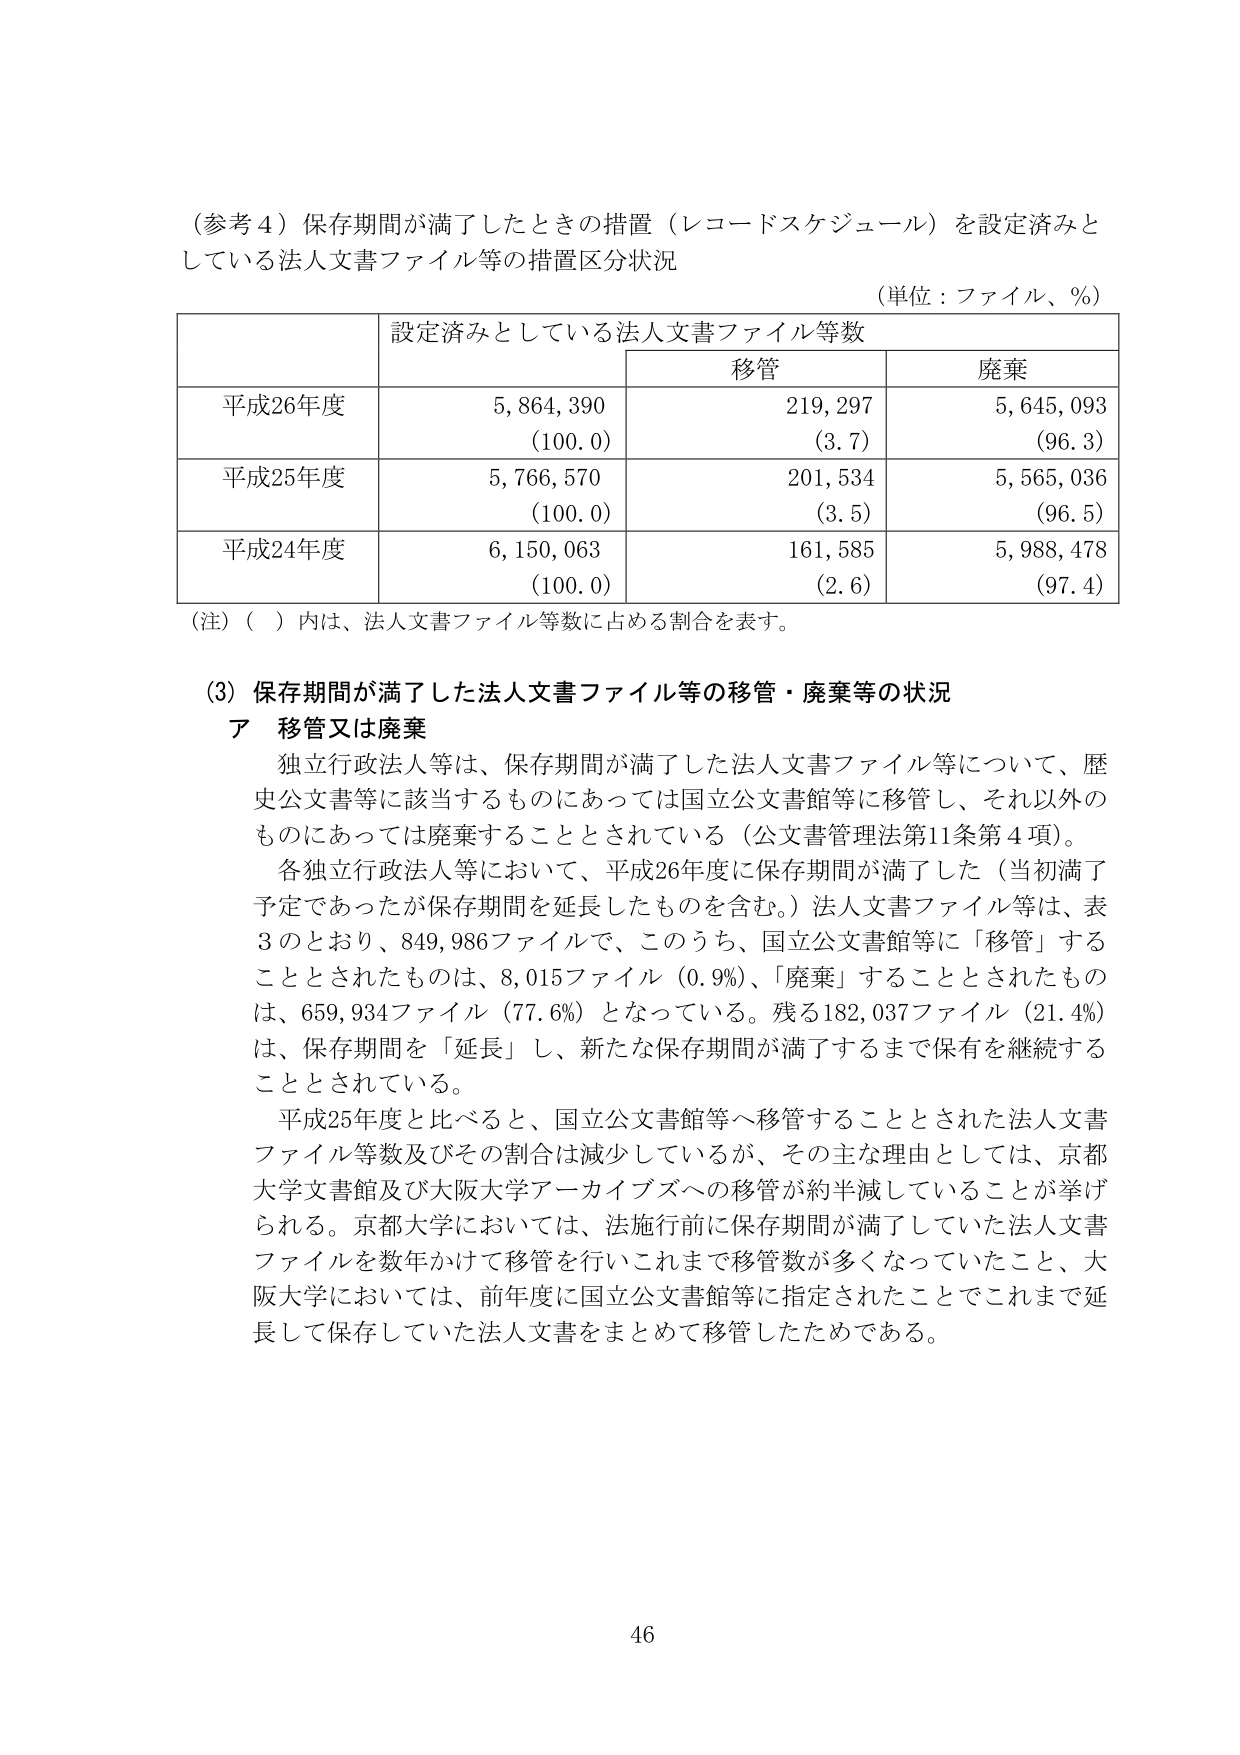
（参考４）保存期間が満了したときの措置（レコードスケジュール）を設定済みとしている法人文書ファイル等の措置区分状況
（単位：ファイル、％）

| | 設定済みとしている法人文書ファイル等数 | | |
|---|---|---|---|
| | | 移管 | 廃棄 |
| 平成26年度 | 5,864,390<br>（100.0） | 219,297<br>（3.7） | 5,645,093<br>（96.3） |
| 平成25年度 | 5,766,570<br>（100.0） | 201,534<br>（3.5） | 5,565,036<br>（96.5） |
| 平成24年度 | 6,150,063<br>（100.0） | 161,585<br>（2.6） | 5,988,478<br>（97.4） |

（注）（ ）内は、法人文書ファイル等数に占める割合を表す。

（3）保存期間が満了した法人文書ファイル等の移管・廃棄等の状況
ア 移管又は廃棄
独立行政法人等は、保存期間が満了した法人文書ファイル等について、歴史公文書等に該当するものにあっては国立公文書館等に移管し、それ以外のものにあっては廃棄することとされている（公文書管理法第11条第4項）。
各独立行政法人等において、平成26年度に保存期間が満了した（当初満了予定であったが保存期間を延長したものも含む。）法人文書ファイル等は、表3のとおり、849,986ファイルで、このうち、国立公文書館等に「移管」することとされたものは、8,015ファイル（0.9％）、「廃棄」することとされたものは、659,934ファイル（77.6％）となっている。残る182,037ファイル（21.4％）は、保存期間を「延長」し、新たな保存期間が満了するまで保有を継続することとされている。
平成25年度と比べると、国立公文書館等へ移管することとされた法人文書ファイル等数及びその割合は減少しているが、その主な理由としては、京都大学文書館及び大阪大学アーカイブズへの移管が約半減していることが挙げられる。京都大学においては、法施行前に保存期間が満了していた法人文書ファイルを数年かけて移管を行いこれまで移管数が多くなっていたこと、大阪大学においては、前年度に国立公文書館等に指定されたことでこれまで延長して保存していた法人文書をまとめて移管したためである。

46